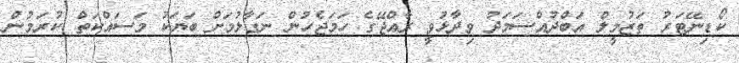
ކޯޑިނޭޓަރު ތަޒުމީލް އަބްދުއްސަމަދު ވިދާޅުވީ ރާއްޖޭގެ ހަމަޖެހުން ނަގާލުމަށް ބަޔަކު މަސައްކަތް ކުރަމުން